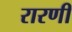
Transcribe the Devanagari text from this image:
रारणी